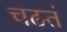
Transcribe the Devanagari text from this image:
चढतं